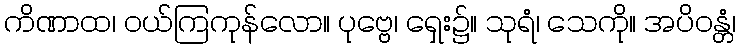
ကိဏာထ၊ ဝယ်ကြကုန်လော။ ပုဗ္ဗေ၊ ရှေး၌။ သုရံ၊ သေကို။ အပိဝန္တံ၊